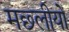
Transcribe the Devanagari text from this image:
मछ्लीयों